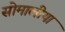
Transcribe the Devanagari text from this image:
सोमालीया